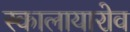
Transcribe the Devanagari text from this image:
स्कालायारोव